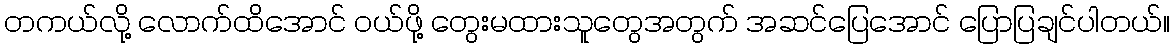
တကယ်လို့ လောက်ထိအောင် ဝယ်ဖို့ တွေးမထားသူတွေအတွက် အဆင်ပြေအောင် ပြောပြချင်ပါတယ်။